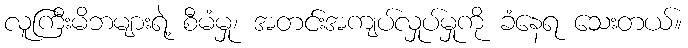
လူကြီးမိဘများရဲ့ စီမံမှု၊ အတင်းအကျပ်လှုပ်မှုကို ခံနေရ သေးတယ်။